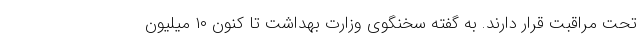
تحت مراقبت قرار دارند. به گفته‌ سخنگوی وزارت بهداشت تا کنون ۱۰ میلیون